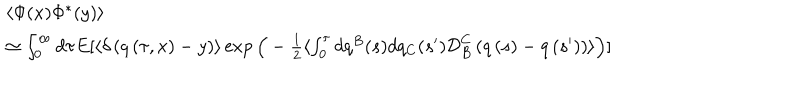
LaTeX: \begin{array} { l } { { \langle \Phi ( x ) \Phi ^ { * } ( y ) \rangle } } \\ { { \simeq \int _ { 0 } ^ { \infty } d \tau E [ \langle \delta \left( q \left( \tau , x \right) - y \right) \rangle \exp \Big ( - \frac { 1 } { 2 } \langle \int _ { 0 } ^ { \tau } d q ^ { B } ( s ) d q _ { C } ( s ^ { \prime } ) { \cal D } _ { B } ^ { C } \left( q \left( s \right) - q \left( s ^ { \prime } \right) \right) \rangle \Big ) ] } } \\ \end{array}